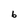
Character: 6